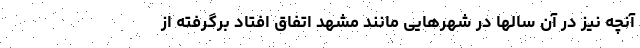
آنچه نیز در آن سالها در شهرهایی مانند مشهد اتفاق افتاد برگرفته از